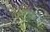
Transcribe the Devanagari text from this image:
पुर्गा